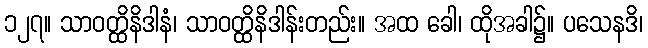
၁၂၇။ သာဝတ္ထိနိဒါနံ၊ သာဝတ္ထိနိဒါန်းတည်း။ အထ ခေါ၊ ထိုအခါ၌။ ပသေနဒိ၊